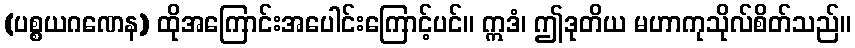
(ပစ္စယဂဏေန) ထိုအကြောင်းအပေါင်းကြောင့်ပင်။ ဣဒံ၊ ဤဒုတိယ မဟာကုသိုလ်စိတ်သည်။